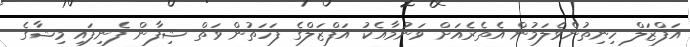
އަފްޒަލް ހިނިތުންވެލަމުން އެތެރެއަށް ވަނުމާއެކު އަފްޒަލްގެ ފަހަތުން ވަތް ޝިފާން ފެނިފައި މިޝާގެ